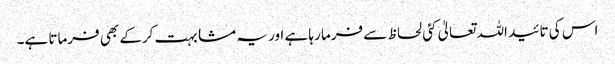
اس کی تائید اللہ تعالیٰ کئی لحاظ سے فرما رہا ہے اور یہ مشابہت کرکے بھی فرماتا ہے۔